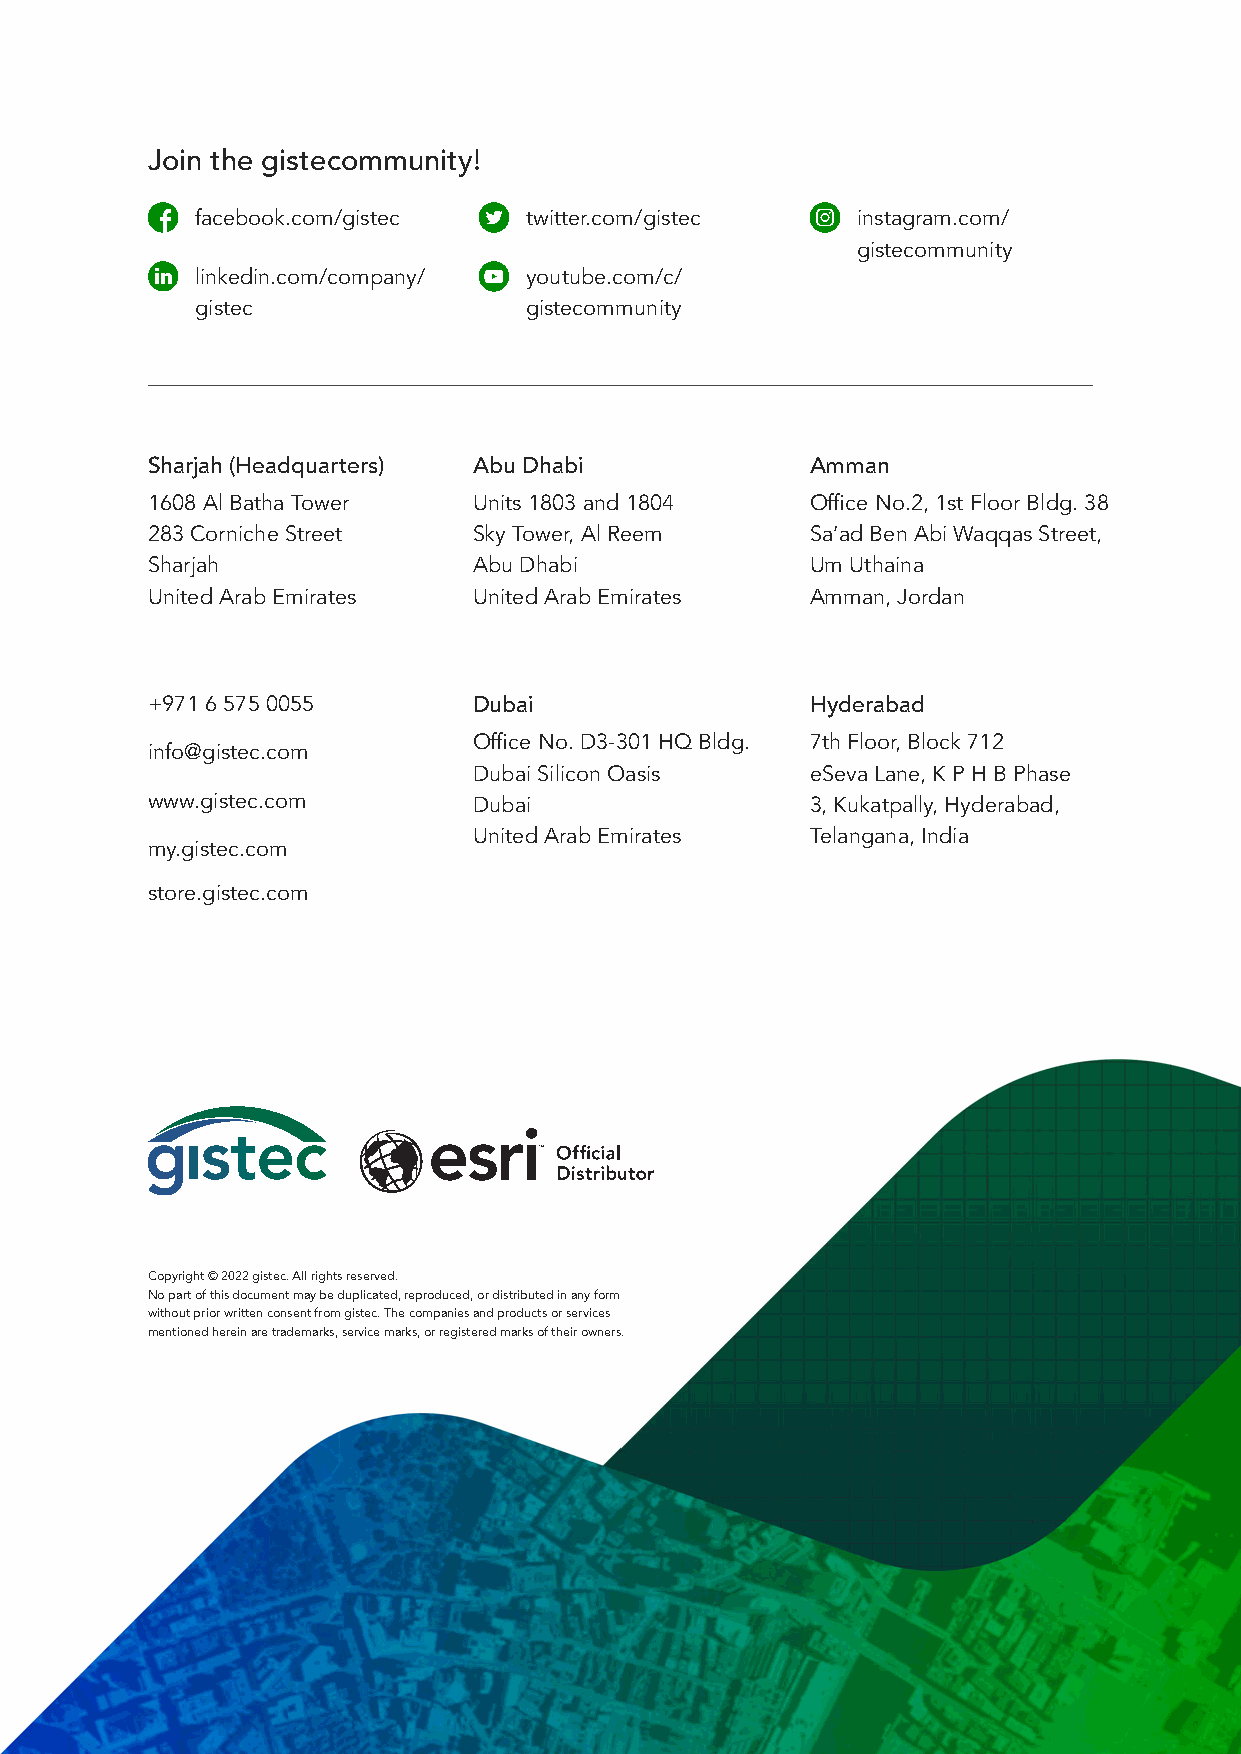
Join the gistecommunity!
 facebook.com/gistec   twitter.com/gistec    instagram.com/
 gistecommunity
 linkedin.com/company/ youtube.com/c/
 gistec                gistecommunity
 Sharjah (Headquarters) Abu Dhabi            Amman
 1608 Al Batha Tower  Units 1803 and 1804    Office No.2, 1st Floor Bldg. 38
 283 Corniche Street  Sky Tower, Al Reem     Sa’ad Ben Abi Waqqas Street,
 Sharjah              Abu Dhabi              Um Uthaina
 United Arab Emirates United Arab Emirates   Amman, Jordan
 +971 6 575 0055      Dubai                  Hyderabad
 Office No. D3-301 HQ Bldg. 7th Floor, Block 712
 info@gistec.com
 Dubai Silicon Oasis    eSeva Lane, K P H B Phase
 www.gistec.com       Dubai                  3, Kukatpally, Hyderabad,
 United Arab Emirates   Telangana, India
 my.gistec.com
 store.gistec.com
 Copyright © 2022 gistec. All rights reserved.
 No part of this document may be duplicated, reproduced, or distributed in any form
 without prior written consent from gistec. The companies and products or services
 mentioned herein are trademarks, service marks, or registered marks of their owners.